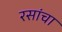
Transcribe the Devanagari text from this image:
रसांचा